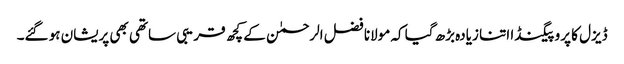
ڈیزل کا پروپیگنڈا اتنا زیادہ بڑھ گیا کہ مولانا فضل الرحمٰن کے کچھ قریبی ساتھی بھی پریشان ہو گئے۔